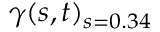
\gamma ( s , t ) _ { s = 0 . 3 4 }